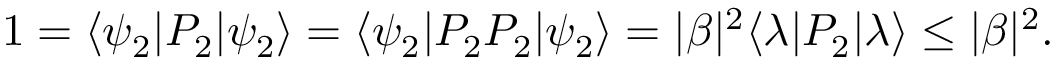
1 = \langle \psi _ { 2 } \vert P _ { 2 } \vert \psi _ { 2 } \rangle = \langle \psi _ { 2 } \vert P _ { 2 } P _ { 2 } \vert \psi _ { 2 } \rangle = | \beta | ^ { 2 } \langle \lambda \vert P _ { 2 } \vert \lambda \rangle \le | \beta | ^ { 2 } .